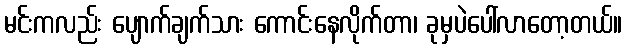
မင်းကလည်း ပျောက်ချက်သား ကောင်းနေလိုက်တာ၊ ခုမှပဲပေါ်လာတော့တယ်။